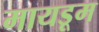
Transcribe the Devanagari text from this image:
मायडूम